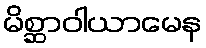
မိစ္ဆာဝါယာမေန